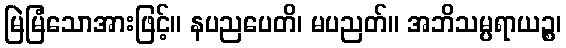
မြဲမြံသောအားဖြင့်။ နပညပေတိ၊ မပညတ်။ အဘိသမ္ပရာယဉ္စ၊